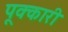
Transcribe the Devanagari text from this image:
पूक्कारी